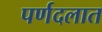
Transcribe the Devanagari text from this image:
पर्णदलात